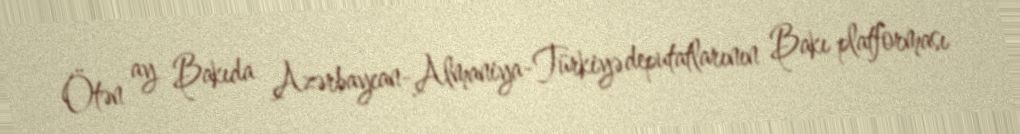
Ötən ay Bakıda Azərbaycan-Almaniya-Türkiyə deputatlarının Bakı platforması